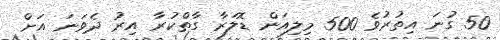
50 ގުނަ އިތުރުވެ 500 މިލިއަން ޑޮލަރާ ގާތްކުރާ އިރު ދެވަނަ އަށް